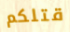
قتلكم